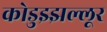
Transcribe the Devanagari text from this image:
कोडुझ्झल्लूर